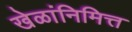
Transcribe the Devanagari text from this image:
खेळांनिमित्त